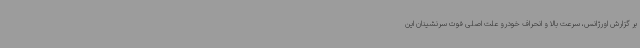
بر گزارش اورژانس، سرعت بالا و انحراف خودرو علت اصلی فوت سرنشینان این